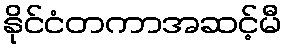
နိုင်ငံတကာအဆင့်မီ